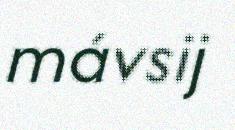
mávsij